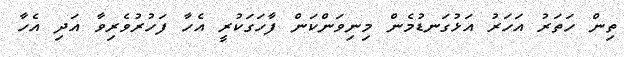
ތިން ހަތަރު އަހަރު އަޅުގަނޑުމެން މިނިވަންކަން ފާހަަގަކުރީ އެހާ ފަހުރުވެރިވާ އަދި އެހާ